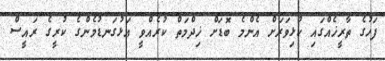
ފަހުގެ ތާރީޚެއްގައި ކުޅިވަރަށް އެންމެ ބޮޑަށް ޚިދްމަތް ކުރެއްވީ އަޅުގަނޑުމެންގެ ކުރީގެ ރައީސް